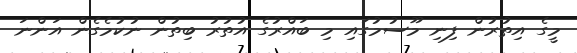
މީގެ އިތުރުން ފިނި މޫސުމުގައި މި ބައްރުގެ އުތުރު ބިތުން ނުކުމެގެން އަންނަ